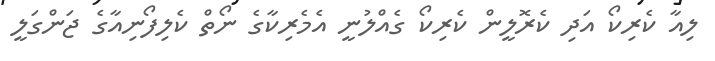
ލިއާ ކެރިކޯ އަދި ކެރޮލީން ކެރިކޯ ގެއްލުނީ އެމެރިކާގެ ނޯތް ކެލިފޯނިއާގެ ޖަންގަލީ